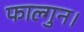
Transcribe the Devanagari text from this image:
फाल्गुन।